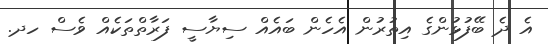
އެ ދެ ބޭފުޅުންގެ އިތުރުން އެހެން ބައެއް ސިޔާސީ ފަރާތްތަކެއް ވެސް ހދ.